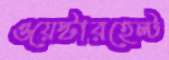
ওয়েস্টারহেল্ট